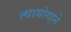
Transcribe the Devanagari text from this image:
त्यायोगाने